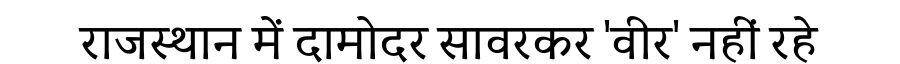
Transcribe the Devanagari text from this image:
राजस्थान में दामोदर सावरकर 'वीर' नहीं रहे